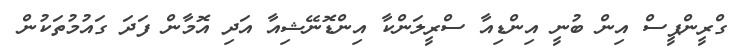
ގްރީންޕީސް އިން ބުނީ އިންޑިއާ ސްރީލަންކާ އިންޑޮނޭޝިއާ އަދި އޮމާން ފަދަ ގައުމުތަކުން